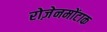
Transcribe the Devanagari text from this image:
रोज़ेनमोंटाक